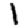
Digit: 1